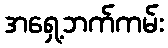
အရှေ့ဘက်ကမ်း